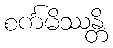
စင်္ကမိဿန္တိ